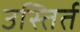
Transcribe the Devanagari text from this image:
उस्तिर्त